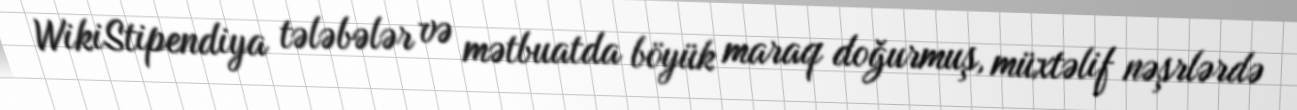
WikiStipendiya tələbələr və mətbuatda böyük maraq doğurmuş, müxtəlif nəşrlərdə